Leprosy in India: report of the Leprosy Commission in India, 1890-91
Year: 1890
Disease focus: Leprosy
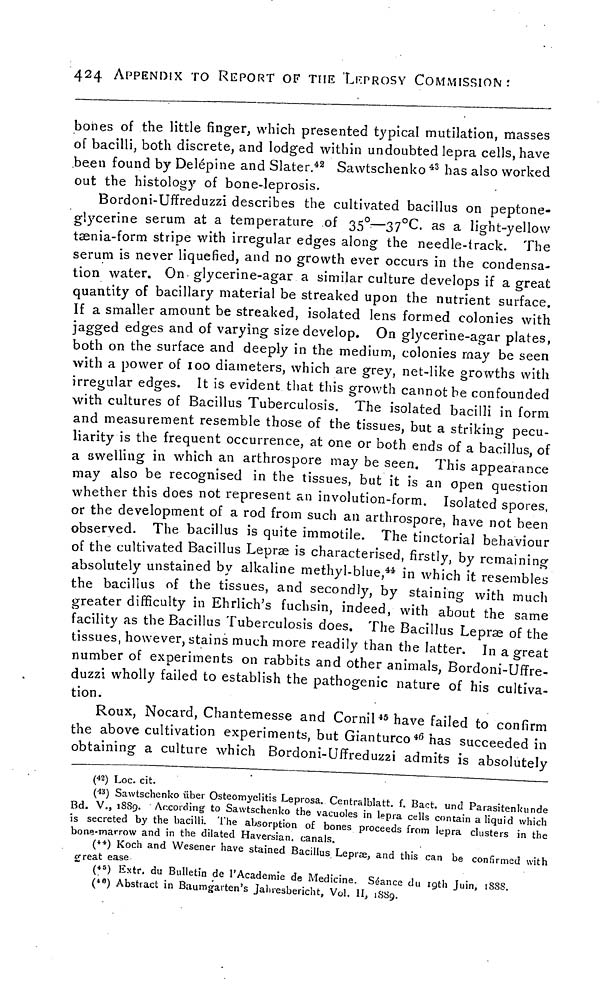
424 APPENDIX TO REPORT OF THE LEPROSY COMMISSION:
bones of the little finger, which presented typical mutilation, masses
of bacilli, both discrete, and lodged within undoubted lepra cells, have
been found by Delépine and Slater. 42 Sawtschenko 43 has also worked
out the histology of bone-leprosis.
Bordoni-Uffreduzzi describes the cultivated bacillus on peptone-
glycerine serum at a temperature of 35 o —37°C. as a light-yellow
taenia-form stripe with irregular edges along the needle-track. The
serum is never liquefied, and no growth ever occurs in the condensa-
tion water. On glycerine-agar a similar culture develops if a great
quantity of bacillary material be streaked upon the nutrient surface.
If a smaller amount be streaked, isolated lens formed colonies with
jagged edges and of varying size develop. On glycerine-agar plates,
both on the surface and deeply in the medium, colonies may be seen
with a power of 100 diameters, which are grey, net-like growths with
irregular edges. It is evident that this growth cannot be confounded
with cultures of Bacillus Tuberculosis. The isolated bacilli in form
and measurement resemble those of the tissues, but a striking pecu-
liarity is the frequent occurrence, at one or both ends of a bacillus, of
a swelling in which an arthrospore may be seen. This appearance
may also be recognised in the tissues, but it is an open question
whether this does not represent an involution-form. Isolated spores
or the development of a rod from such an arthrospore, have not been
observed. The bacillus is quite immotile. The tinctorial behaviour
of the cultivated Bacillus Lepræ is characterised, firstly, by remaining
absolutely unstained by alkaline methyl-blue, 44 in which it resembles
the bacillus of the tissues, and secondly, by staining with much
greater difficulty in Ehrlich's fuchsin, indeed, with about the same
facility as the Bacillus Tuberculosis does. The Bacillus Leprœ of the
tissues, however, stains much more readily than the latter. In a great
number of experiments on rabbits and other animals, Bordoni-Uffre-
duzzi wholly failed to establish the pathogenic nature of his cultiva-
tion.
Roux, Nocard, Chantemesse and Cornil 45 have failed to confirm
the above cultivation experiments, but Gianturco 46 has succeeded in
obtaining a culture which Bordoni-Uffreduzzi admits is absolutely
(42) LOC. cit.
(43) Sawtschenko über Osteomyelitis Leprosa. Centralblatt. f. Bact. und Parasitenkunde
Bd. V., 1889. According to Sawtschenko the vacuoles in lepra cells contain a liquid which
is secreted by the bacilli. The absorption of bones proceeds from lepra clusters in the
bone-marrow and in the dilated Haversian. canals.
( 44 ) Koch and Wesener have stained Bacillus Lepræ, and this can be confirmed with
great ease
\ill\
( 46 ) Abstract in Baumgarten's Jahresbericht, Vol. 11, ,8Sg.